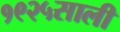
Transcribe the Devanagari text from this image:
१९२५साली